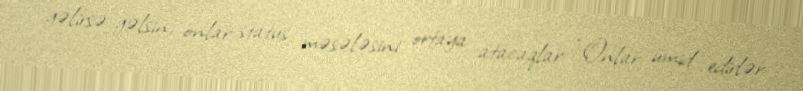
gəlirsə-gəlsin, onlar status məsələsini ortaya atacaqlar: “Onlar ümid edirlər